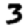
Digit: 3